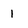
Character: 1